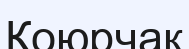
Коюрчак